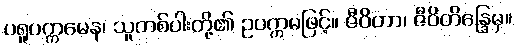
ပရူပက္ကမေန၊ သူတစ်ပါးတို့၏ ဥပက္ကမဖြင့်။ ဇီဝိတာ၊ ဇီဝိတိန္ဒြေမှ။